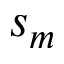
s _ { m }